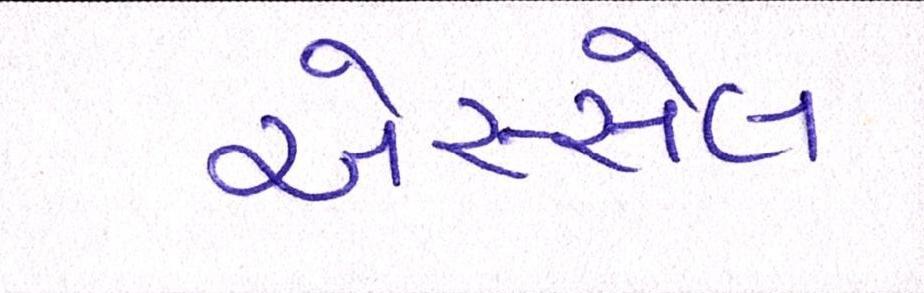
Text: એસ્સેલ